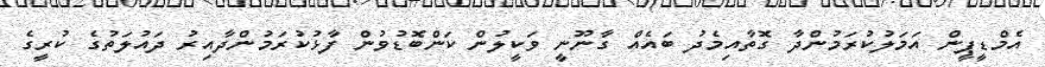
އެމްޑީޕީން އަމަލުކުރަމުންދާ ގޮތާއިމެދު ބައެއް ގާނޫނީ ވަކީލުން ކަންބޮޑުވުން ފާޅުކުރަމުންދާއިރު ދައުލަތުގެ ކުރީގެ